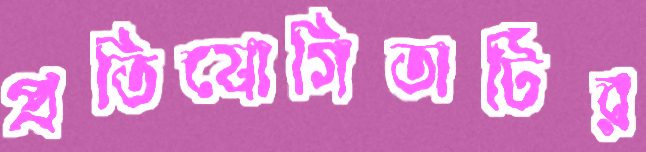
প্রতিযোগিতাটির